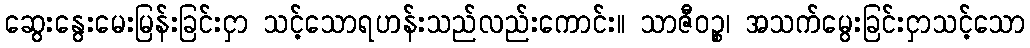
ဆွေးနွေးမေးမြန်းခြင်းငှာ သင့်သောရဟန်းသည်လည်းကောင်း။ သာဇီဝဉ္စ၊ အသက်မွေးခြင်းငှာသင့်သော